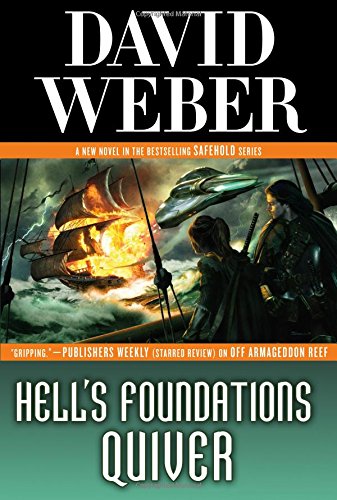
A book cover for Hell's Foundations Quiver (Safehold); David Weber; Science Fiction & Fantasy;